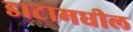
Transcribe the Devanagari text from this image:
डाटामधील